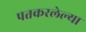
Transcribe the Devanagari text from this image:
पतकरलेल्या